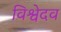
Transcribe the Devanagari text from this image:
विश्वेदव